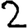
Digit: 2